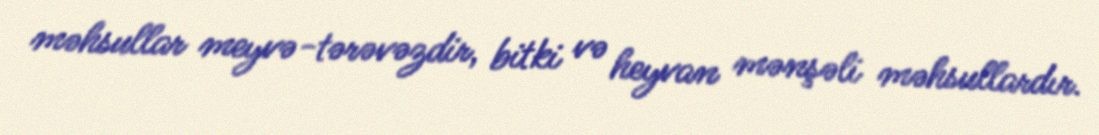
məhsullar meyvə-tərəvəzdir, bitki və heyvan mənşəli məhsullardır.